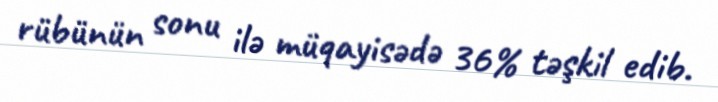
rübünün sonu ilə müqayisədə 36% təşkil edib.